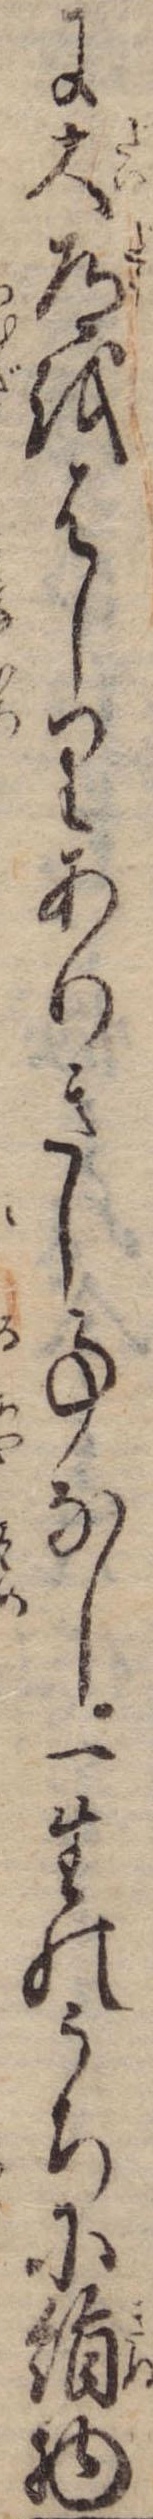
に大道をはしりありきし事なし一生のうちに絹物